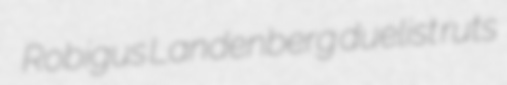
Robigus Landenberg duelist ruts